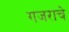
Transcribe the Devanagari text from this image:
गजराचे